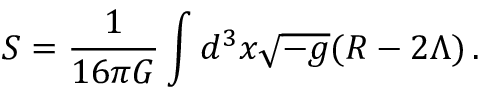
S = \frac { 1 } { 1 6 \pi G } \int d ^ { 3 } x \sqrt { - g } ( R - 2 \Lambda ) \, .